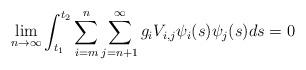
LaTeX: \begin{align*} \lim_{n \to \infty} \int_{t_1}^{t_2} \sum_{i=m}^{n} \sum_{j=n+1}^{\infty} g_iV_{i,j}\psi_i(s)\psi_j(s)ds=0 \end{align*}